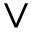
\vee